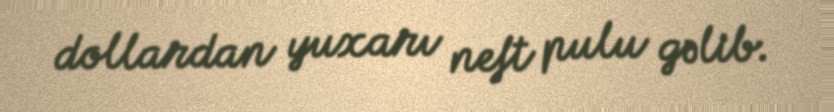
dollardan yuxarı neft pulu gəlib.